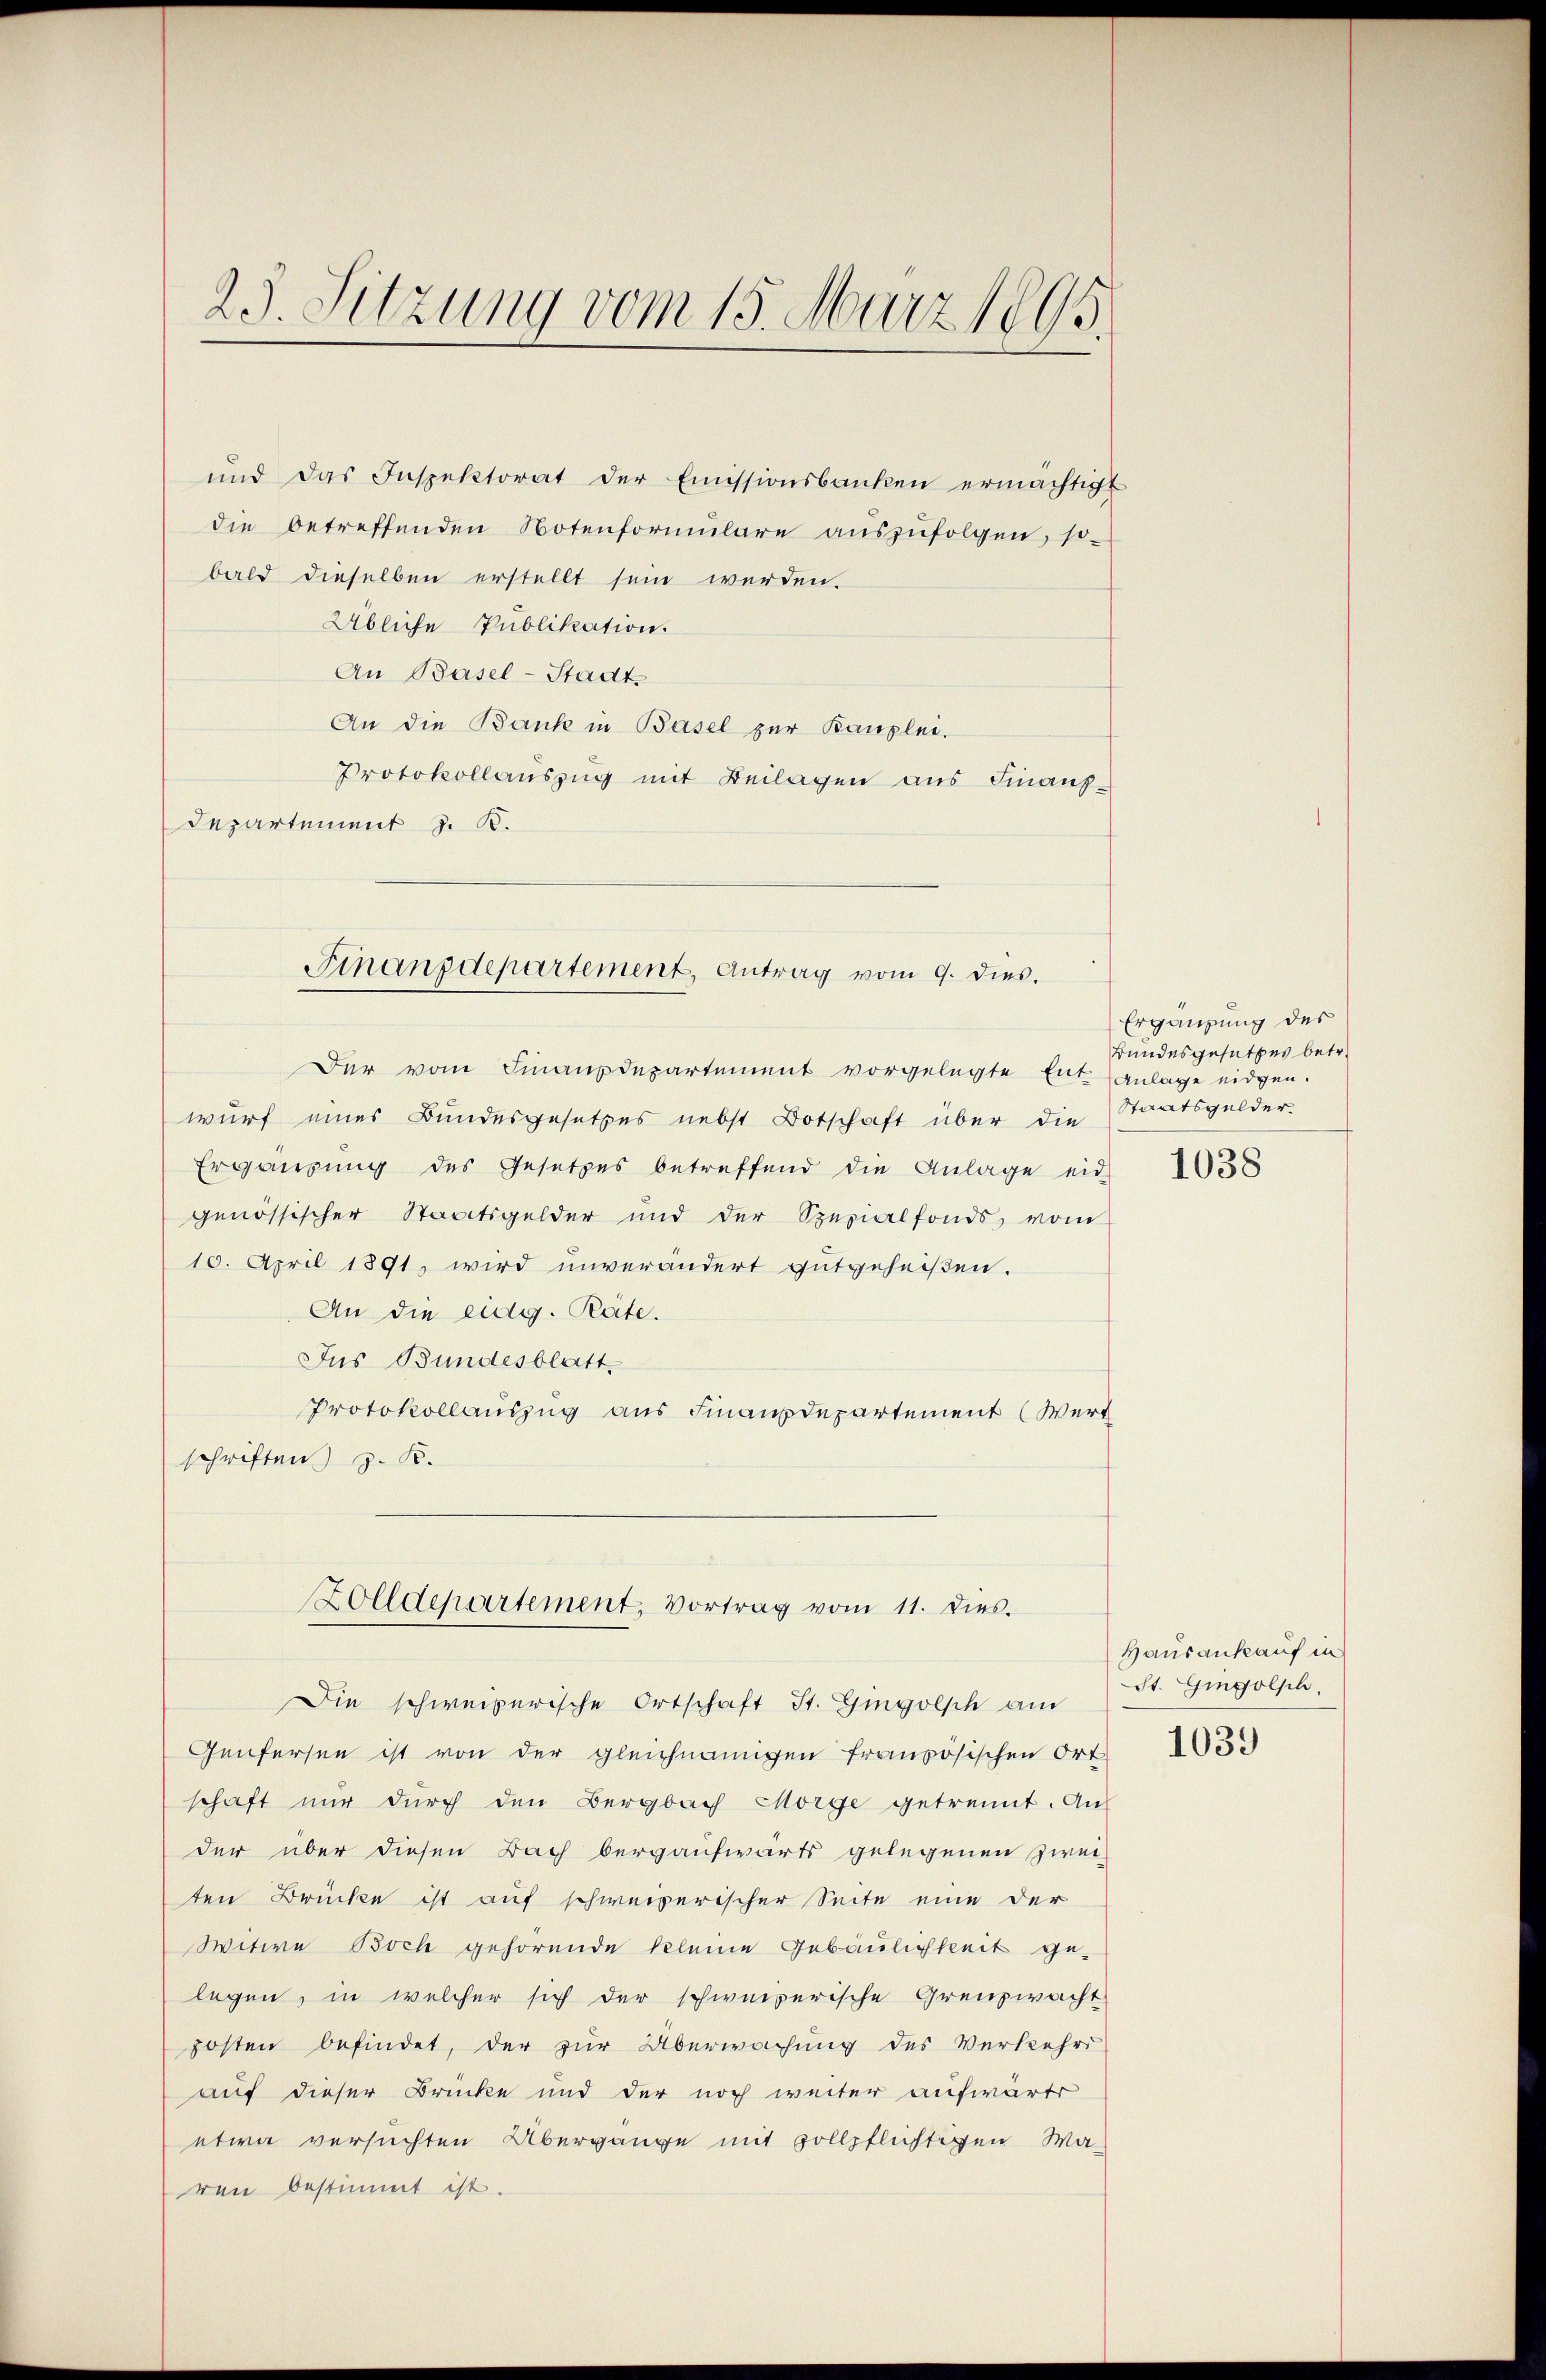
25. Sitzung vom 15. März 1895.

bald dieselben erstellt sein werden.
Übliche Publikation
An Basel-Stadt
An die Bank in Basel zur Kanzlei.
Protokollauszug mit Beilagen aus Finanz¬
Departement z. B.

Der vom Finanzdepartement vorgelegte Ent- Anlage eidgen.
wurf eines Bundesgesetzes nebst Botschaft über die Staatsgelder-
Ergänzung des Gesetzes betreffend die Anlage eid
genössischer Staatsgelder und der Spezialfonds vom
10. April 1891, wird unverändert gutgeheißen.
An die eidg. Rate.
Jus Bundesblatt.
Protokollauszug aus Finanzdepartement (Wert
schriften) z. B.
Genfersen ist von der gleichnamigen französischen Ort-
schaft nŭr dŭrch den Bergbach Morge getrennt. An
der über diesen Bach bergaufwärts gelegenen Zwei-
ten Brücke ist auf schweizerischer Seite eine der
Witwe Boch gehörende kleine Gebäulichkeit gelegen, in welcher sich der schweizerische Grenzwacht
posten befindet, der zur Überwachung des Verkehrs
auf dieser Brücke und der noch weiter aufwärti
etwa versuchten Übergänge mit sollpflichtigen Waren bestimmt ist.

und das Inspektorat der Emissionsbanken ermächtigt
die betreffenden Notenformŭlare aŭszŭfolgen, so-

Finanzdepartement, Antrag vom 9. dies.

Zolldepartement, Vortrag vom 11. dies.
Die schweizerische Ortschaft St. Gingolsch am

Ergänzung des
Bundesgesetzes betr.

1038

Hausankauf in
St. Gingolsch

1039